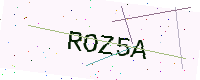
Text: ROZ5A